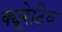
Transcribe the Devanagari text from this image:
क्यूरेटिव